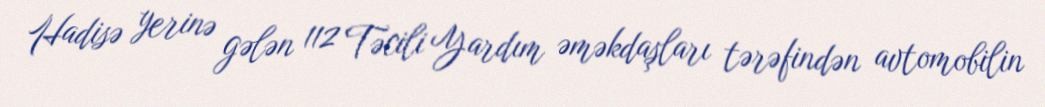
Hadisə yerinə gələn 112 Təcili Yardım əməkdaşları tərəfindən avtomobilin